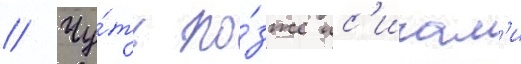
// Чу́ть по́зже ис'игам'и